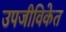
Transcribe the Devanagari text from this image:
उपजीविकेत